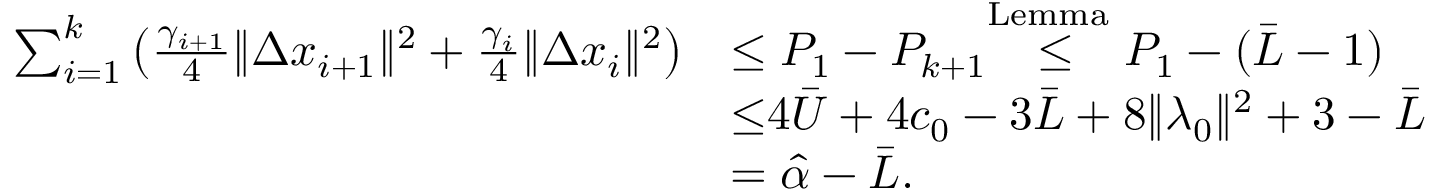
\begin{array} { r l } { \sum _ { i = 1 } ^ { k } { \left( \frac { \gamma _ { i + 1 } } { 4 } \| \Delta x _ { i + 1 } \| ^ { 2 } + \frac { \gamma _ { i } } { 4 } \| \Delta x _ { i } \| ^ { 2 } \right) } } & { \leq P _ { 1 } - P _ { k + 1 } { \overset { { \mathrm { L e m m a ~ } } } { \leq } } P _ { 1 } - ( \bar { L } - 1 ) } \\ & { { \overset { } { \leq } } 4 \bar { U } + 4 c _ { 0 } - 3 \bar { L } + 8 \| \lambda _ { 0 } \| ^ { 2 } + 3 - \bar { L } } \\ & { = \hat { \alpha } - \bar { L } . } \end{array}